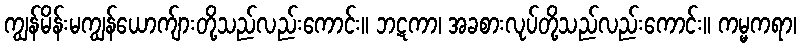
ကျွန်မိန်းမကျွန်ယောက်ျားတို့သည်လည်းကောင်း။ ဘဋကာ၊ အခစားလုပ်တို့သည်လည်းကောင်း။ ကမ္မကရာ၊